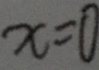
x = 0